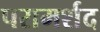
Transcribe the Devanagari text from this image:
परामर्शद